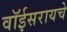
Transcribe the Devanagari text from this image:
वॉईसरायचे